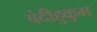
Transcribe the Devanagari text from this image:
बंदीहुकुम